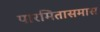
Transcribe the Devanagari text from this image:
पारमितासमास